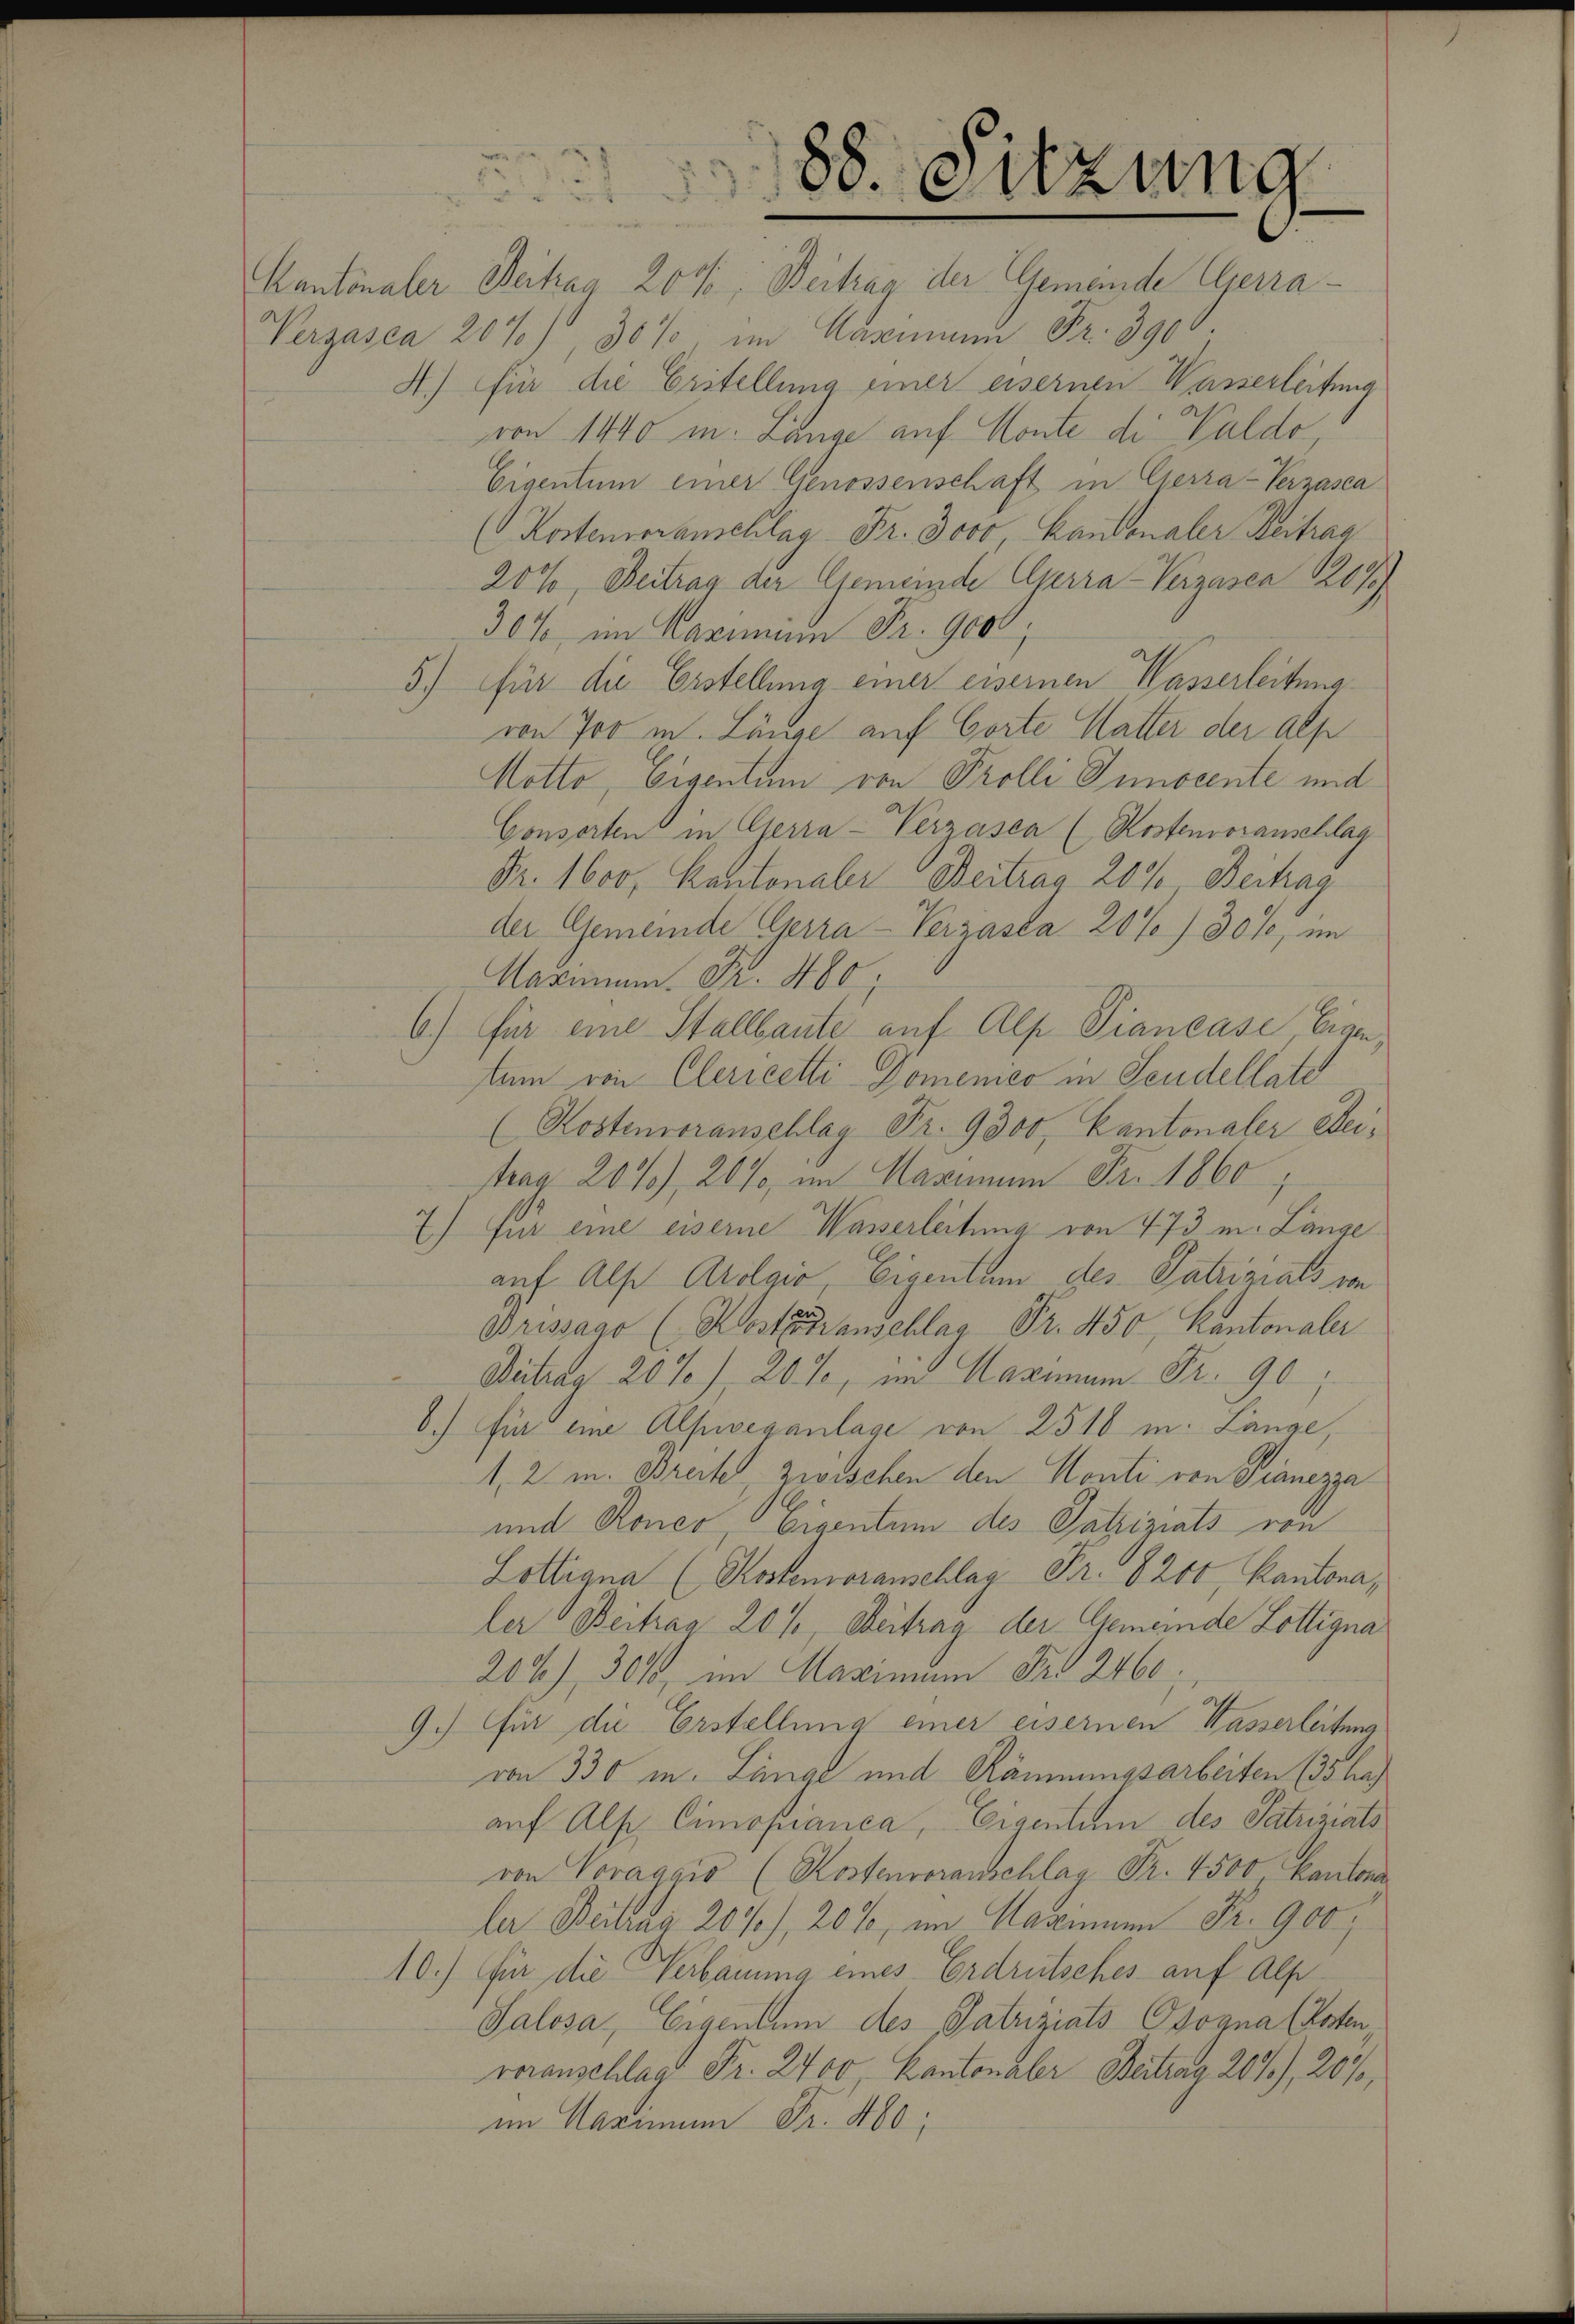
188. Sitzung

Cantonaler Beitrag 20%, Beitrag der Gemeinde Eggerra¬
Verzasca 20%), 30% im Auseinem Fr. 3900.
4.) für die Erstellung einer eisernen Wasserleitung
von 1440 m Länge auf Konte die Waldo
Eigentum einer Genossenschaft in Cherra-Verzasca
(Kostenoranschlag Fr. 3000 Kantonaler Beitrag
20%, Beitrag der Gemeinde Elterra-Verzasca 207
30% im Garmina Fr. 9000
5) für die Erstellung einer eisernen Wasserleitung
von Joo in Länge auf Corte Matter der Alp
Notto, Eigentum von Prolli Junocente und
Conserten in Gerra-Verzasca (Kostenvoranschlag
Fr. 1600. Kantonaler Beitrag 2000 Beitrag
der Gemeinde Gerra-Verzaska 20%) 30%, im
Maximam. Fr. 480.
6) für eine Stallbaute auf Alp Piancase, Eigen,
tum von Clericetti Domenico in Seudellate
(Kostenoranschlag Fr. 9300, Cantonaler Leitrag 20%) 20% im Marmen Fr. 1860
7) Für eine eiserne Wasserleitung von 473 m. Lange
auf Als Arolgio, Eigentum des Patriziats von
Brissago (Kosttranschlag Fr. 450, Kantonaler
Beitrag 20% / 20 %, im Maximum Fr. 90,
6.) Ein eine Alhveganlage von 2510 in: Lange,
1, 2 u. Breites zwischen den Monti von Dianezza
und Ronco, Eigentum des Patriziats von
Lottigna (Kostenvoranschlag Fr. 8200 Kantona,
ler Beitrag 20%, Beitrag der Gemeinde Lottigna
20%) 301, im Maximum Fr. 2460.
9.) Für die Erstellung einer eisernen Wasserleitung
von 330 m. Länge und Räumungsarbeiten (35 has
auf Alp Cimopianca, Eigentum des Saturiats
von Voragaio (Kostenvoranschlag Fr. 4500, kantona
la Beitra 20%), 20%, im Hagmann Fr. 900,
10.) Für die Verbauung eines Erdrutsches auf Alp
Palosa, Eigentum des Patriziats Osogna (Roten,
veranschlag Fr. 2400, Kantonaler Beitrag 267), 20%,
im Maximum Fr. 480;